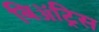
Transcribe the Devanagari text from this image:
बिॲट्रिस